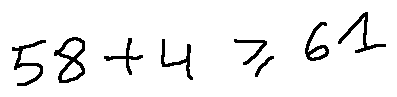
5 8 + 4 \geq 6 1